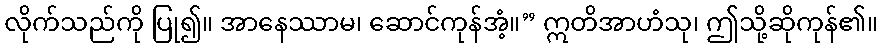
လိုက်သည်ကို ပြု၍။ အာနေဿာမ၊ ဆောင်ကုန်အံ့။” ဣတိအာဟံသု၊ ဤသို့ဆိုကုန်၏။